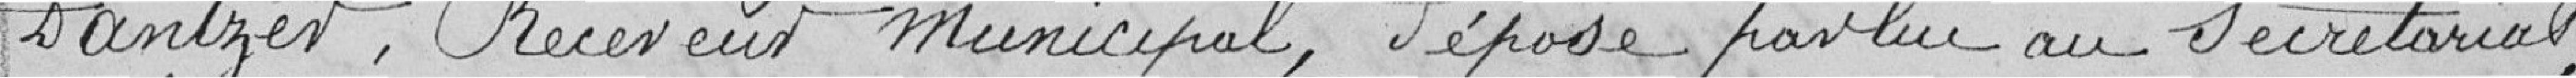
Santzet, Receveur municipal, déposé par lui au secrétariat